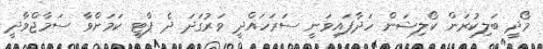
މޯދީ ބަލިކުރަން ކޯލިޝަން ހަދާފައިވަނީ ސަރަހައްދީ ވަރުގަދަ ދެ ޕާޓީ ކަމަށްވާ ސަމާޖްވާދީ